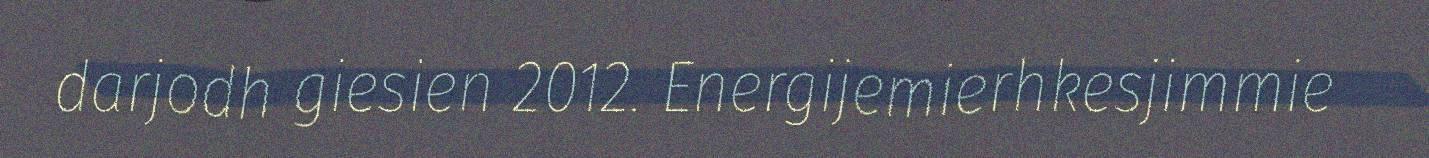
darjodh giesien 2012. Energijemierhkesjimmie